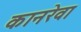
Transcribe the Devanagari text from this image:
कानरेवा